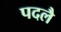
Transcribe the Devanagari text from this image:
पदलै